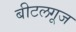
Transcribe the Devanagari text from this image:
बीटलगूज